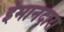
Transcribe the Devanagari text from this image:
ईमानदारा